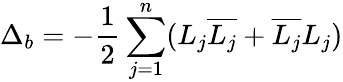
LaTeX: \Delta_{b}=-{\frac{1}{2}}\sum_{j=1}^{n}(L_{j}{\overline{{L_{j}}}}+{\overline{{L_{j}}}}L_{j})